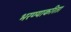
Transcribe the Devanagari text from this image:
भरण्याकरिता